Observations on rabies - Number 36
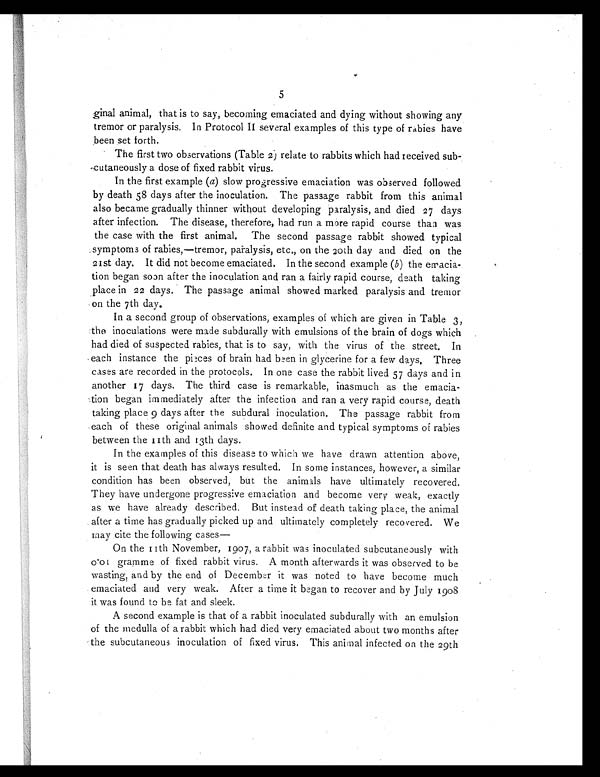
5
ginal animal, that is to say, becoming emaciated and dying without showing any
tremor or paralysis. In Protocol II several examples of this type of rabies have
been set forth.
The first two observations (Table 2) relate to rabbits which had received sub-
cutaneously a dose of fixed rabbit virus.
In the first example (a) slow progressive emaciation was observed followed
by death 58 days after the inoculation. The passage rabbit from this animal
also became gradually thinner without developing paralysis, and died 27 days
after infection. The disease, therefore, had run a more rapid course than was
the case with the first animal. The second passage rabbit showed typical
symptoms of rabies,—tremor, paralysis, etc., on the 20th day and died on the
21st day. It did not become emaciated. In the second example (b) the emacia-
tion began soon after the inoculation and ran a fairly rapid course, death taking
place in 22 days. The passage animal showed marked paralysis and tremor
on the 7th day.
In a second group of observations, examples of which are given in Table 3,
the inoculations were made subdurally with emulsions of the brain of dogs which
had died of suspected rabies, that is to say, with the virus of the street. In
each instance the pieces of brain had been in glycerine for a few days. Three
cases are recorded in the protocols. In one case the rabbit lived 57 days and in
another 17 days. The third case is remarkable, inasmuch as the emacia-
tion began immediately after the infection and ran a very rapid course, death
taking place 9 days after the subdural inoculation. The passage rabbit from
each of these original animals showed definite and typical symptoms of rabies
between the 11th and 13th days.
In the examples of this disease to which we have drawn attention above,
it is seen that death has always resulted. In some instances, however, a similar
condition has been observed, but the animals have ultimately recovered.
They have undergone progressive emaciation and become very weak, exactly
as we have already described. But instead of death taking place, the animal
after a time has gradually picked up and ultimately completely recovered. We
may cite the following cases—
On the 11th November, 1907, a rabbit was inoculated subcutaneously with
0.01 gramme of fixed rabbit virus. A month afterwards it was observed to be
wasting, and by the end of December it was noted to have become much
emaciated and very weak. After a time it began to recover and by July 1908
it was found to be fat and sleek.
A second example is that of a rabbit inoculated subdurally with an emulsion
of the medulla of a rabbit which had died very emaciated about two months after
the subcutaneous inoculation of fixed virus. This animal infected on the 29th